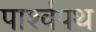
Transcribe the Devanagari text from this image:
पार्श्‍वपथ